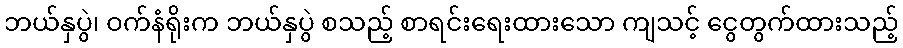
ဘယ်နှပွဲ၊ ဝက်နံရိုးက ဘယ်နှပွဲ စသည့် စာရင်းရေးထားသော ကျသင့် ငွေတွက်ထားသည့်